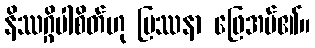
နိဿဂ္ဂိပါစိတ်ဟု ပြဿနာ ဖြေအပ်၏။